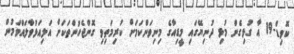
ކޮވިޑް-19 އާ ގުޅިގެން މުޅި ދުނިޔޭގައި މީޑިއާގެ މިނިވަންކަމަށް ކުރިމަތިވި ގޮންޖެހުންތަކަށް އަލިއަޅުވާލައްވަމުން